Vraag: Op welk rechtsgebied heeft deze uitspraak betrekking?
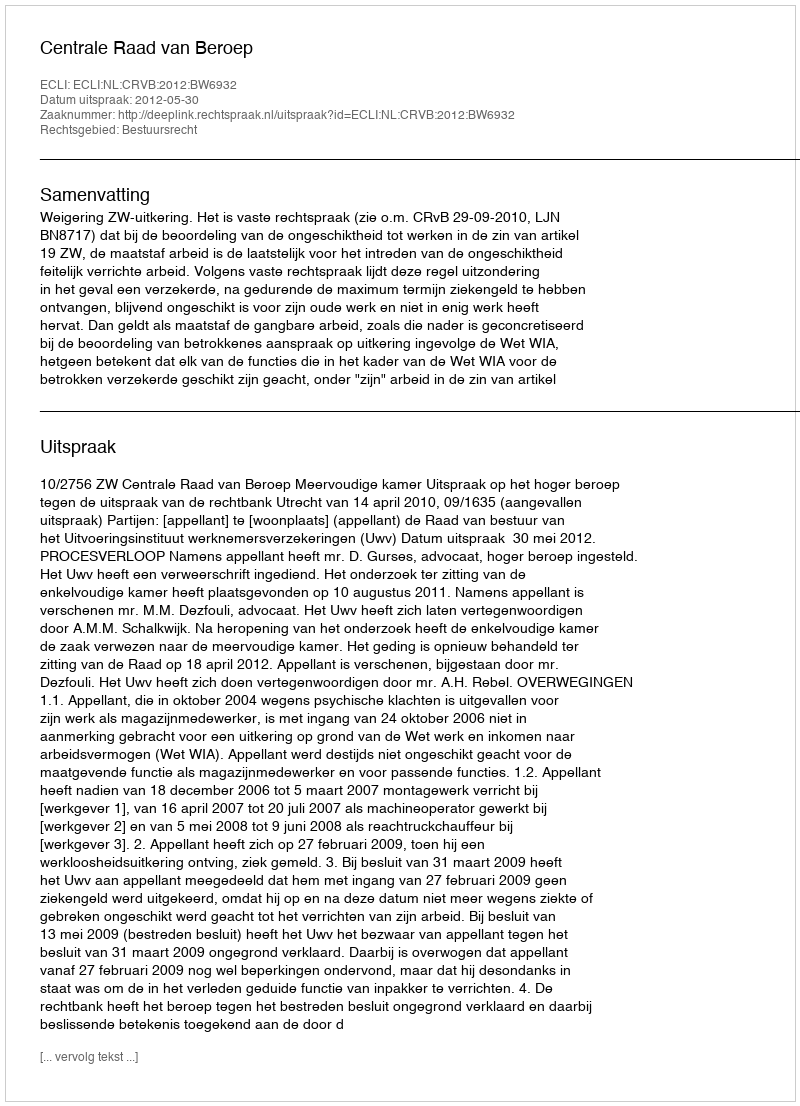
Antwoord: Bestuursrecht